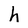
Character: h